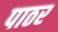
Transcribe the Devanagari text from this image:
पाठर